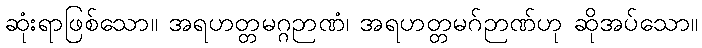
ဆုံးရာဖြစ်သော။ အရဟတ္တမဂ္ဂဉာဏံ၊ အရဟတ္တမဂ်ဉာဏ်ဟု ဆိုအပ်သော။